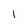
Character: l